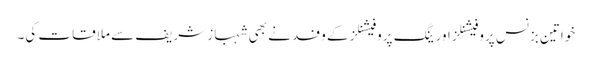
خواتین بزنس پروفیشنلز اور ینگ پروفیشنلز کے وفد نے بھی شہباز شریف سے ملاقات کی۔